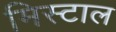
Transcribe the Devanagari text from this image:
मिस्टाल